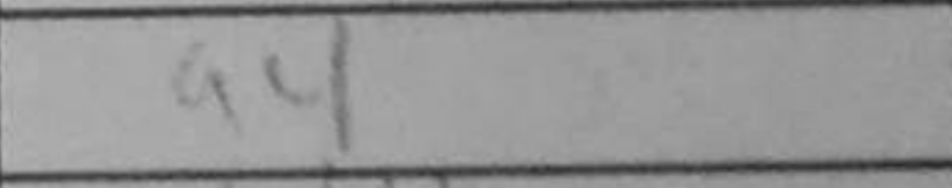
Transcription: a4